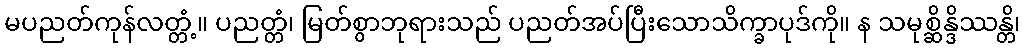
မပညတ်ကုန်လတ္တံ့။ ပညတ္တံ၊ မြတ်စွာဘုရားသည် ပညတ်အပ်ပြီးသောသိက္ခာပုဒ်ကို။ န သမုစ္ဆိန္ဒိဿန္တိ၊